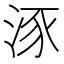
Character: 𣵠